Vaccination United Provinces of Agra and Oudh 1923-1928 - 1923-1928
Year: 1923
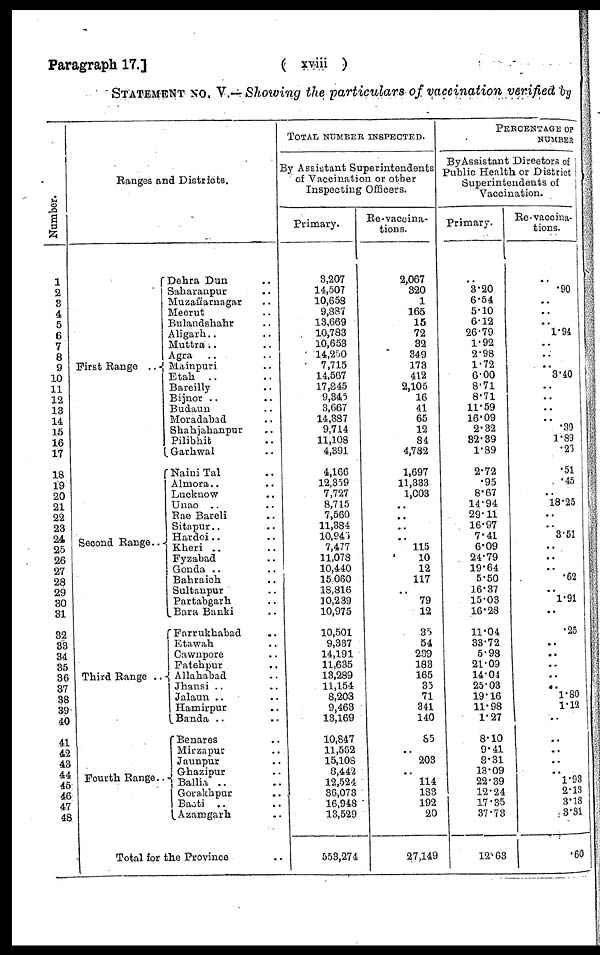
Paragraph 17.]
( xviii )
STATEMENT NO. V.— Showing the particulars of vaccination verified by
Number.
1
2
3
4
5
6
7
8
9
10
11
12
13
14
15
16
17
18
19
20
21
22
23
24
25
26
27
28
29
30
31
32
33
34
35
36
37
38
39
40
41
42
43
44
45
46
47
48
Ranges and Districts.
First Range ..
Second Range ..
Third Range ..
Fourth Range..
Dehra Dun ..
Saharanpur ..
Muzaffarnagar ..
Meerut ..
Bulandshahr ..
Aligarh...
Muttra ..
Agra ..
Mainpuri ..
Etah ..
Bareilly ..
Bijnor ..
Budaun ..
Moradabad ..
Shahjahanpur ..
Pilibhit ..
Garhwal ..
Naini Tal ..
Almora ..
Lucknow ..
Unao ..
Rae Bareli ..
Sitapur ..
Hardoi ..
Kheri ..
Fyzabad ..
Gonda ..
Bahraich ..
Sultanpur ..
Partabgarh ..
Bara Banki ..
Farrukhabad ..
Etawah ..
Cawnpore ..
Fatehpur ..
Allahabad ..
Jhansi ..
Jalaun ..
Hamirpur ..
Banda ..
Benares ..
Mirzapur ..
Jaunpur ..
Ghazipur ..
Ballia ..
Gorakhpur ..
Basti ..
Azamgarh ..
Total for the Province ..
TOTAL NUMBER INSPECTED.
By Assistant Superintendents
of Vaccination or other
Inspecting Officers.
Primary.
3,207
14,507
10,658
9,887
13,669
10,783
10,653
14,250
7,715
14,567
17,845
9,345
3,667
14,387
9,714
11,108
4,391
4,166
12,359
7,727
8,715
7,560
11,384
10,945
7,477
11,078
10,440
15,060
18,816
10,239
10,975
10,501
9,337
14,191
11,635
13,289
11,154
8,203
9,463
13,169
10,847
11,562
15,108
8,442
12,524
36,073
16,948
13,529
553,274
Re-vaccina-
tions.
2,067
320
1
165
15
72
32
349
173
412
2,105
16
41
65
12
84
4,782
1,697
11,333
1,003
..
..
.. 115
10
12
117
..
79
12
35
54
239
183
165
35
71
341
140
85
203
114
183
192
20
27,149
PERCENTAGE OF
NUMBER
By Assistant Directors of
Public Health or District
Superintendents of
Vaccination.
Primary.
..
3.20
6.54
5.10
6.12
26.79
1.92
2.98
1.72
6.00
8.71
8.71
11.59
16.09
2.32
32.39
1.89
2.72
.95
8.67
14.94
29.11
16.97
7.41
6.09
24.79
19.64
5.50
16.37
15.03
16.28
11.04
33.72
5.98
21.09
14.04
25.03
19.16
11.98
1.27
8.10
9.41
8.31
13.09
22.39
12.24
17.35
37.73
12.63
Re-vaccina-
tions.
..
.90
..
..
..
1.94
..
..
..
3.40
..
..
..
..
.39
1.89
.26
.51
.45
..
18.25
..
..
3.51
..
..
.62
1.91
..
.25
..
..
..
..
..
1.80
1.12
..
..
..
..
.. 1.93
2.13
3.18
3.81
.60